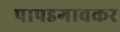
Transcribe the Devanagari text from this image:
पापडगावकर